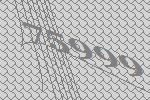
75999